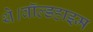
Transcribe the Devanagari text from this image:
थे।वॉल्डहाइम